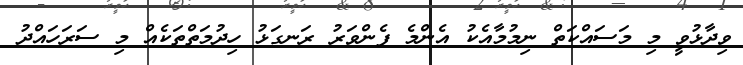
ވިދާޅުވީ މި މަސައްކަތް ނިމުމާއެކު އެންމެ ފެންވަރު ރަނގަޅު ހިދުމަތްތަކެއް މި ސަރަހައްދު